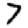
Digit: 7